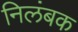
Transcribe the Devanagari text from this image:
निलंबक